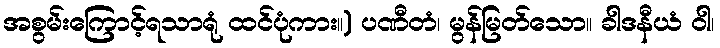
အစွမ်းကြောင့်ရသာရုံ ထင်ပုံကား။) ပဏီတံ၊ မွန်မြတ်သော။ ခါဒနီယံ ဝါ၊